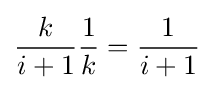
{\frac {k}{i+1}}{\frac {1}{k}}={\frac {1}{i+1}}